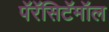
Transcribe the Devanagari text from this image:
पॅरॅसिटॅमॉल